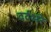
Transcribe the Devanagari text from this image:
दर्दभरे